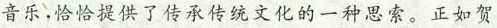
音乐，恰恰提供了传承传统文化的一种思索。正如贺